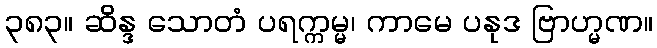
၃၈၃။ ဆိန္ဒ သောတံ ပရက္ကမ္မ၊ ကာမေ ပနုဒ ဗြာဟ္မဏ။